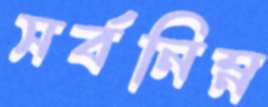
সর্বনিম্ন